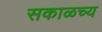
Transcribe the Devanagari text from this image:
सकाळच्य